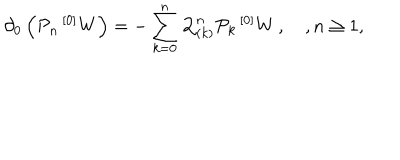
\partial _ { 0 } \left( { \mathcal P } _ { n } \, { ^ { [ 0 ] } W } \right) = - \sum _ { k = 0 } ^ { n } { \mathcal Q } _ { ( k ) } ^ { n } { \mathcal P } _ { k } \, { ^ { [ 0 ] } W } \, , \quad , n \geq 1 ,